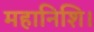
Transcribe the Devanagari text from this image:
महानिशि।